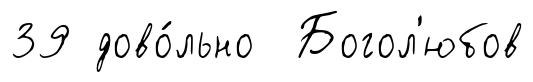
39 дово́льно Богол'юбов